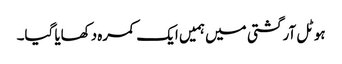
ہوٹل آرگشتی میں ہمیں ایک کمرہ دکھایا گیا۔